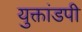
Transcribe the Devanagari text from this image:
युक्तांडपी